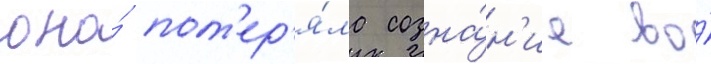
она́ пот'ер'я́ла созна́н'ие во́